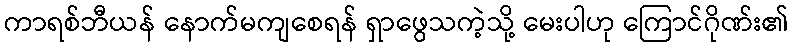
ကာရစ်ဘီယန် နောက်မကျစေရန် ရှာဖွေသကဲ့သို့ မေးပါဟု ကြောင်ဂိုဏ်း၏